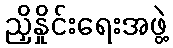
ညှိနှိုင်းရေးအဖွဲ့